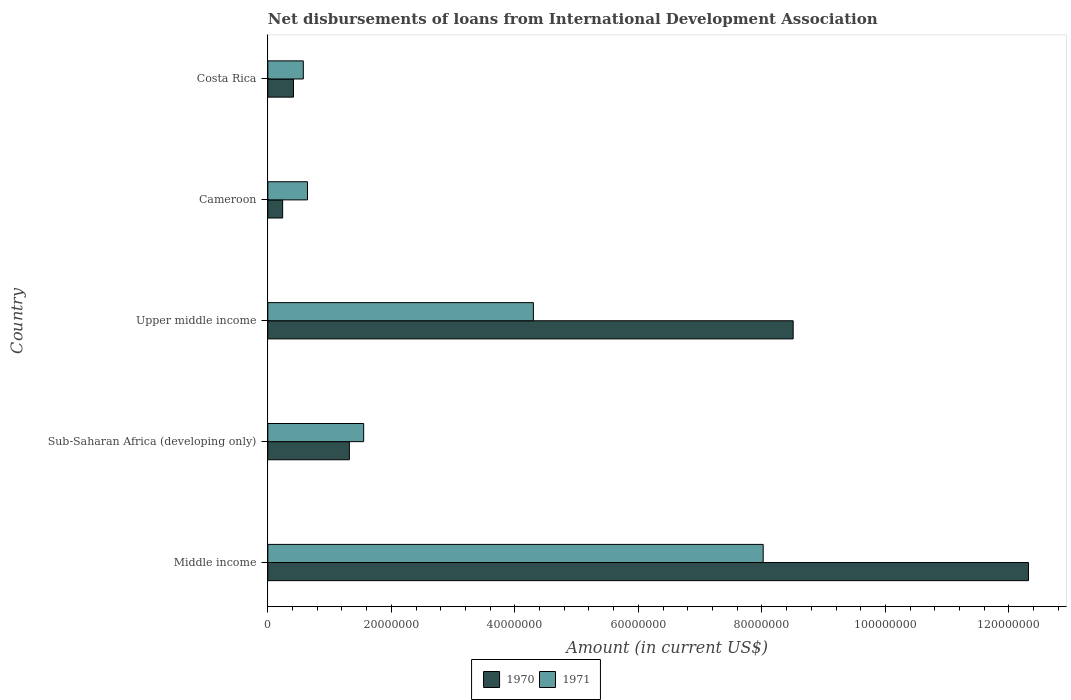
| Country | 1970 | 1971 |
 | --- | --- | --- |
 | Middle income | 1.23e+08 | 8.02e+07 |
 | Sub-Saharan Africa (developing only) | 1.32e+07 | 1.55e+07 |
 | Upper middle income | 8.51e+07 | 4.3e+07 |
 | Cameroon | 2.4e+06 | 6.42e+06 |
 | Costa Rica | 4.15e+06 | 5.74e+06 |